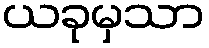
ယခုမှသာ